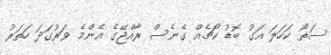
ސަތޯ ކަހަލަ އަގު ބޮޑު ކޯޗެއް ގެނެސް ރާއްޖޭގެ އެންމެ ވަރުގަދަ ހަތަރު